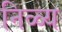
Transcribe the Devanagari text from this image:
निळ्य